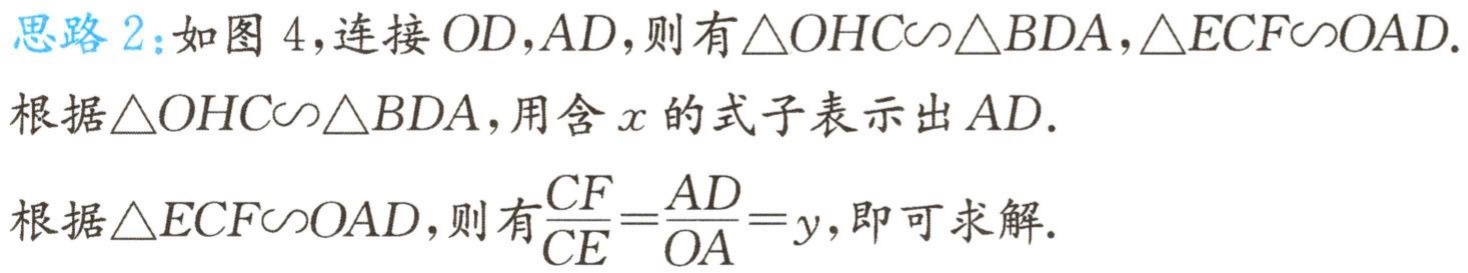
思路 2：如图 4，连接 \(OD,AD\)，则有\(\triangle OHC\sim\triangle BDA,\triangle ECF\sim OAD\).
根据\(\triangle OHC\sim\triangle BDA\)，用含 \(x\) 的式子表示出 \(AD\).
根据\(\triangle ECF\sim OAD\)，则有\(\frac{CF}{CE}=\frac{AD}{OA}=y\)，即可求解.